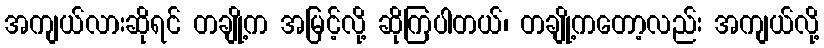
အကျယ်လားဆိုရင် တချို့က အမြင့်လို့ ဆိုကြပါတယ်၊ တချို့ကတော့လည်း အကျယ်လို့